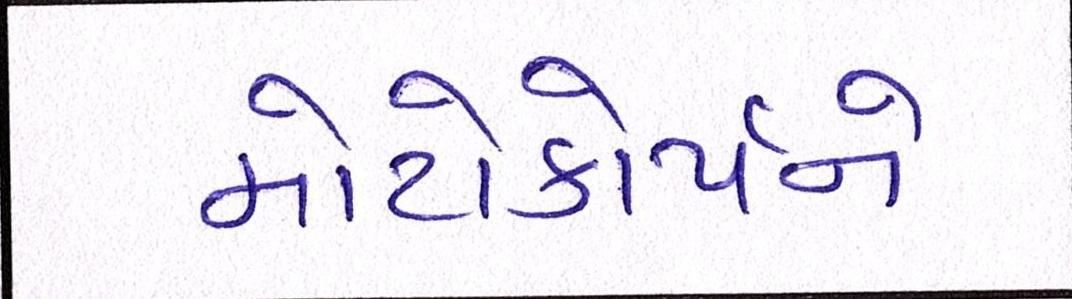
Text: મોટોકોર્પને